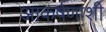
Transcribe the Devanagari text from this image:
आकर्षणाशी